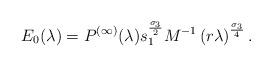
LaTeX: \begin{align*}E_{0}(\lambda) = P^{(\infty)}(\lambda)s_{1}^{\frac{\sigma_{3}}{2}}M^{-1}\left( r \lambda \right)^{\frac{\sigma_{3}}{4}}.\end{align*}